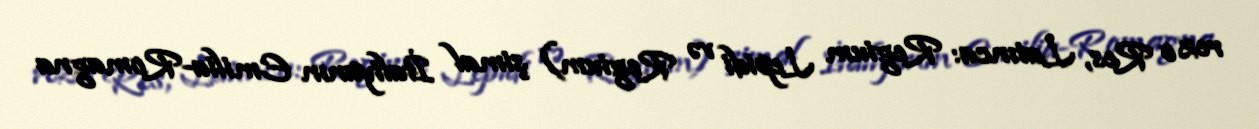
rez o Res, Latınca: Regium Lepidi və Regium) şimal İtaliyanın Emilia-Romagna